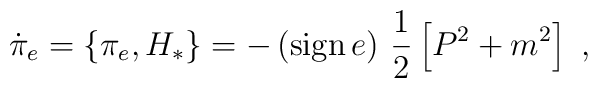
\dot{\pi}_e=\{\pi_e,H_*\}=-\left({\rm sign}\,e\right)\,\frac{1}{2}\left[P^2+m^2\right]\ ,